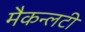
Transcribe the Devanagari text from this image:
मैकन्लटी